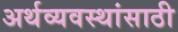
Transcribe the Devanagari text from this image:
अर्थव्यवस्थांसाठी